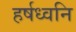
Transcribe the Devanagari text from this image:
हर्षध्वनि